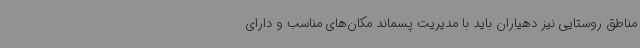
مناطق روستایی نیز دهیاران باید با مدیریت پسماند مکان‌های مناسب و دارای